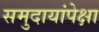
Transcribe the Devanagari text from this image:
समुदायांपेक्षा